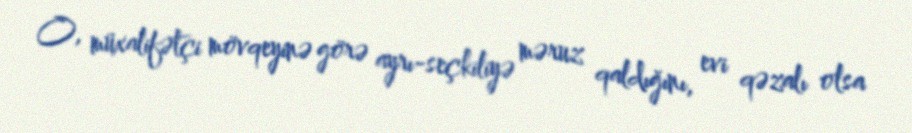
O, müxalifətçi mövqeyinə görə ayrı-seçkiliyə məruz qaldığını, evi qəzalı olsa